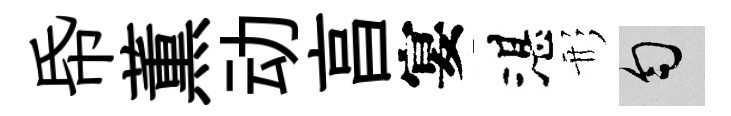
帋薫动亯宴湛形匀